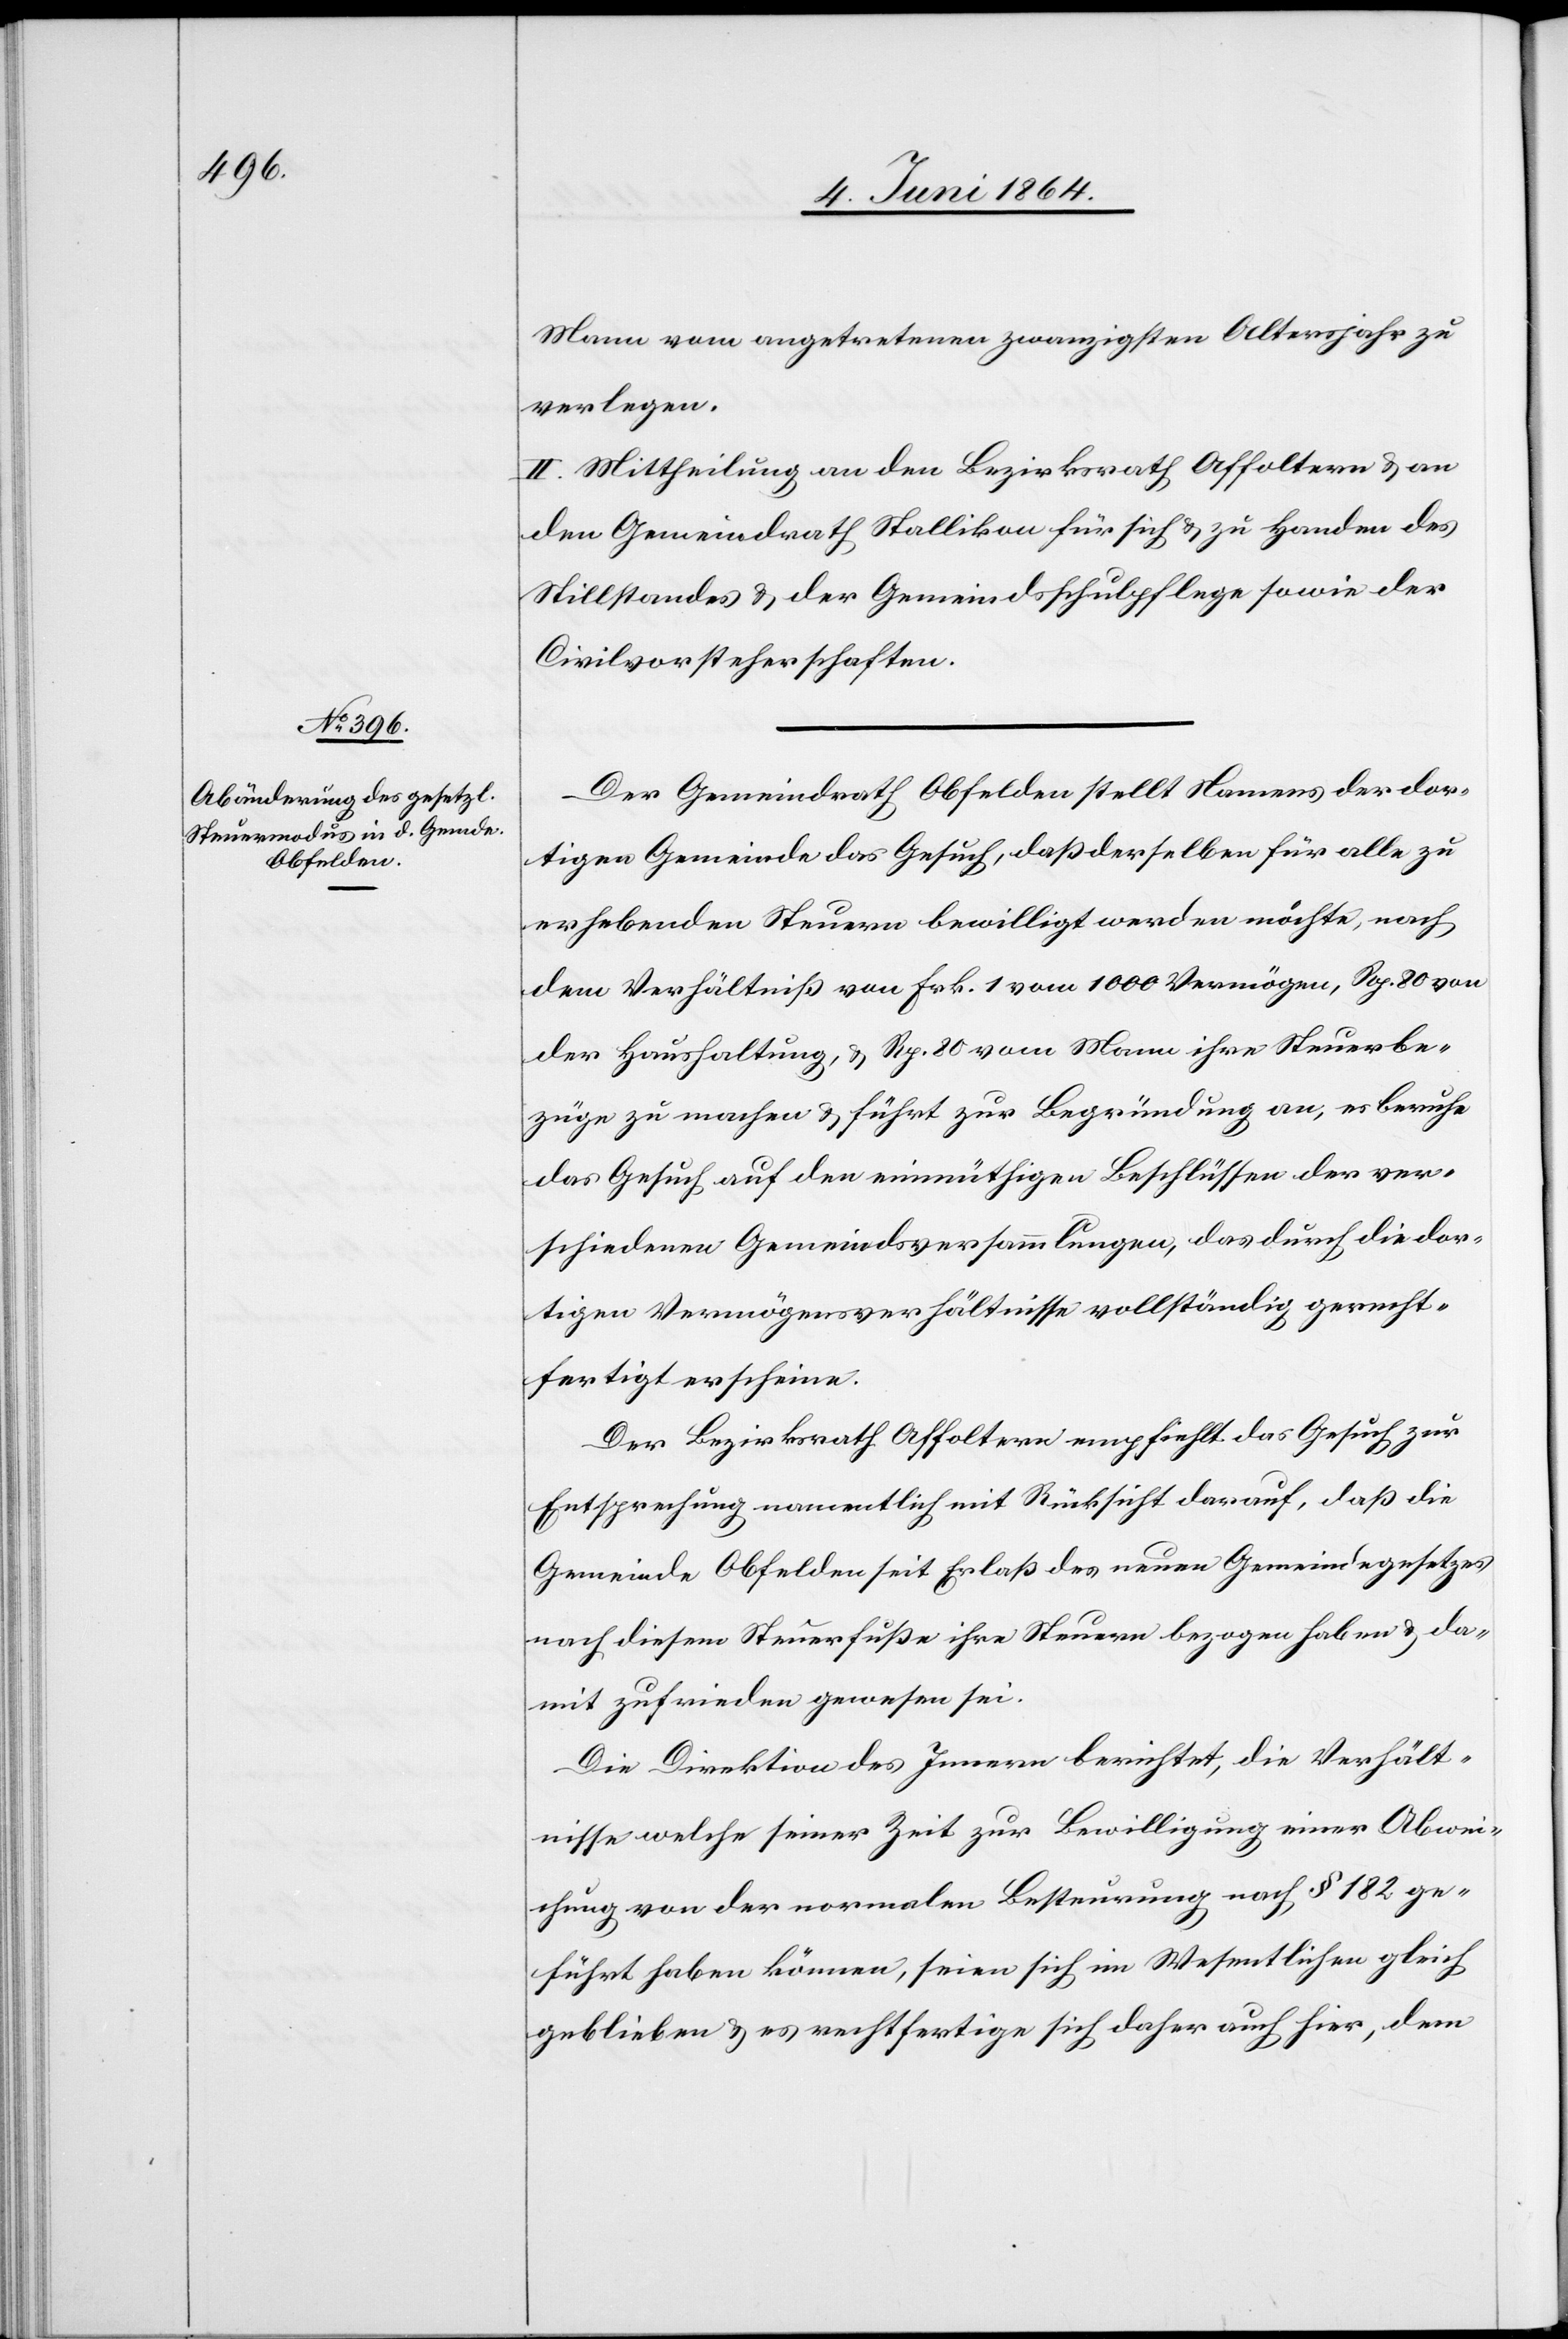
Mann vom angetretenen zwanzigsten Altersjahr zu
verlegen.
II. Mittheilung an den Bezirksrath Affoltern u. an
den Gemeindrath Stallikon für sich u. zu Handen des
Stillstandes u. der Gemeindsschulpflege sowie der
Civilvorsteherschaften.
Der Gemeindrath Obfelden stellt Namens der dor¬
tigen Gemeinde das Gesuch, daß derselben für alle zu
erhebenden Steuern bewilligt werden möchte, nach
dem Verhältniß von Frk. 1 von 1000 Vermögen, Rp. 80 von
der Haushaltung, u. Rp. 80 vom Mann ihre Steuerbe¬
züge zu machen u. führt zur Begründung an, es beruhe
das Gesuch auf den einmüthigen Beschlüssen der ver¬
schiedenen Gemeindsversammlungen, das durch die dor¬
tigen Vermögensverhältnisse vollständig gerecht¬
fertigt erscheine.
Der Bezirksrath Affoltern empfiehlt das Gesuch zur
Entsprechung namentlich mit Rücksicht darauf, daß die
Gemeinde Obfelden seit Erlaß des neuen Gemeindegesetzes
nach diesem Steuerfuße ihre Steuern bezogen haben [sic!] u. da¬
mit zufrieden gewesen sei.
Die Direktion des Innern berichtet, die Verhält¬
nisse, welche seiner Zeit zur Bewilligung einer Abwei¬
chung von der normalen Besteuerung nach § 182 ge¬
führt haben können, seien sich im Wesentlichen gleich
geblieben u. es rechtfertige sich daher auch hier, dem